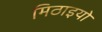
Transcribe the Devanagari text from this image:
मिठाइयो